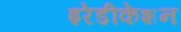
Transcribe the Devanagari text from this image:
इरेडीकेशन